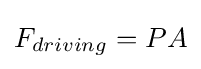
F_{driving}=PA